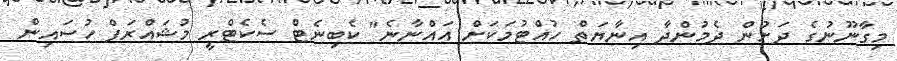
މިގާނޫނުގެ ދަށުން ދެމުންދާ އިނާޔަތް ހުއްޓުމަކަށް އައްނާނެ" ކެބިނެޓް ސެކެޓްރީ މުޝައްރަފް ހުސައިން